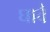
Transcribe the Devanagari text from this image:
घावै